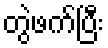
တွဲဖက်ပြီး